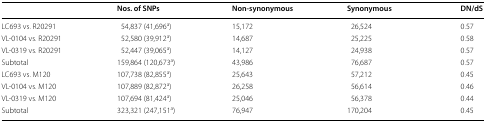
<table><thead><tr><td></td><td><b>Nos. of SNPs</b></td><td><b>Non-synonymous</b></td><td><b>Synonymous</b></td><td><b>DN/dS</b></td></tr></thead><tbody><tr><td>LC693 vs. R20291</td><td>54,837 (41,696<sup>a</sup>)</td><td>15,172</td><td>26,524</td><td>0.57</td></tr><tr><td>VL-0104 vs. R20291</td><td>52,580 (39,912<sup>a</sup>)</td><td>14,687</td><td>25,225</td><td>0.58</td></tr><tr><td>VL-0319 vs. R20291</td><td>52,447 (39,065<sup>a</sup>)</td><td>14,127</td><td>24,938</td><td>0.57</td></tr><tr><td>Subtotal</td><td>159,864 (120,673<sup>a</sup>)</td><td>43,986</td><td>76,687</td><td>0.57</td></tr><tr><td>LC693 vs. M120</td><td>107,738 (82,855<sup>a</sup>)</td><td>25,643</td><td>57,212</td><td>0.45</td></tr><tr><td>VL-0104 vs. M120</td><td>107,889 (82,872<sup>a</sup>)</td><td>26,258</td><td>56,614</td><td>0.46</td></tr><tr><td>VL-0319 vs. M120</td><td>107,694 (81,424<sup>a</sup>)</td><td>25,046</td><td>56,378</td><td>0.44</td></tr><tr><td>Subtotal</td><td>323,321 (247,151<sup>a</sup>)</td><td>76,947</td><td>170,204</td><td>0.45</td></tr></tbody></table>